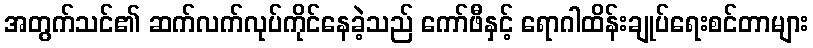
အတွက်သင်၏ ဆက်လက်လုပ်ကိုင်နေခဲ့သည် ကော်ဖီနှင့် ရောဂါထိန်းချုပ်ရေးစင်တာများ